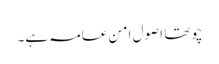
چوتھا اصول امن عامہ ہے۔